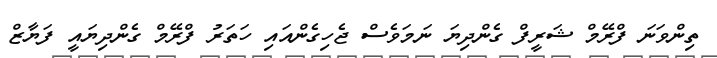
ތިންވަނަ ފްރޭމް ޝަރީފް ގެންދިޔަ ނަމަވެސް ޖެހިގެންއައި ހަތަރު ފްރޭމް ގެންދިޔައީ ފަޔާޒް